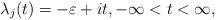
LaTeX: \begin{align*}\lambda_j(t) = -\varepsilon + it,-\infty < t < \infty,\end{align*}